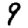
Digit: 9